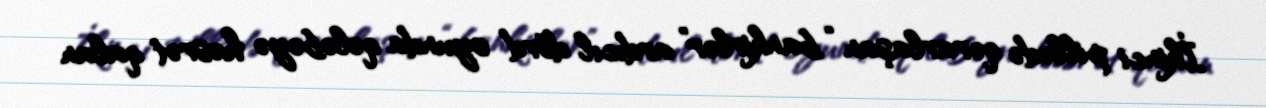
İkinci pillədə qərarlaşan “bankirlər” ardıcıl dörd oyunda qələbəyə həsrət qalan